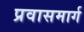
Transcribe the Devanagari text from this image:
प्रवासमार्ग